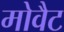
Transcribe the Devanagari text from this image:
मोवैट